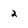
Character: 2